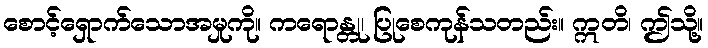
စောင့်ရှောက်သောအမှုကို။ ကရောန္တု၊ ပြုစေကုန်သတည်း။ ဣတိ၊ ဤသို့။